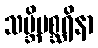
သဗ္ဘိမစ္ဆရိနာ